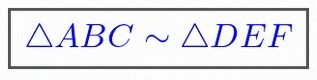
\triangle ABC\sim\triangle DEF